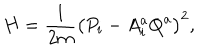
H = { \frac { 1 } { 2 m } } \left( P _ { i } - A _ { i } ^ { a } Q ^ { a } \right) ^ { 2 } ,